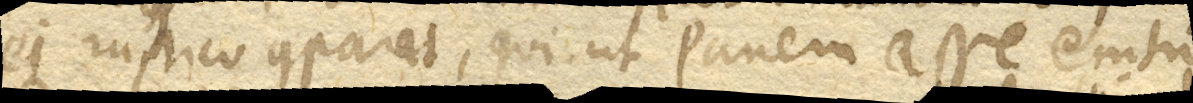
ei rustico comparat, qui ut Panem asse emtum